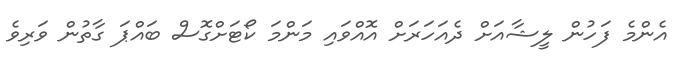
އެންމެ ފަހުން ލީޝާއަށް ދެއަހަރަށް އޮއްވައި މަންމަ ކޯޓަށްގޮސް ބައްޕަ ގާތުން ވަރިވެ